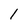
Character: l